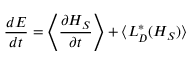
{ \frac { d E } { d t } } = \left\langle { \frac { \partial H _ { S } } { \partial t } } \right\rangle + \langle L _ { D } ^ { * } ( H _ { S } ) \rangle